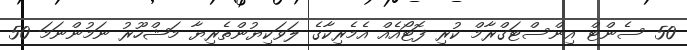
50 ސެންޓް އިންސްޓަގްރާމް ކުރި ފޮޓޯއެއް އެމެރިކާގެ ލަވަކިޔުންތެރިޔާ މަޝްހޫރު ނަމުންނަމަ 50